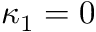
\, \kappa _ { 1 } = 0